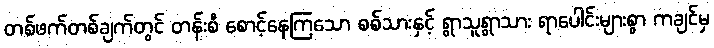
တစ်ဖက်တစ်ချက်တွင် တန်းစီ စောင့်နေကြသော စစ်သားနှင့် ရွာသူရွာသား ရာပေါင်းများစွာ ကချင်မှ